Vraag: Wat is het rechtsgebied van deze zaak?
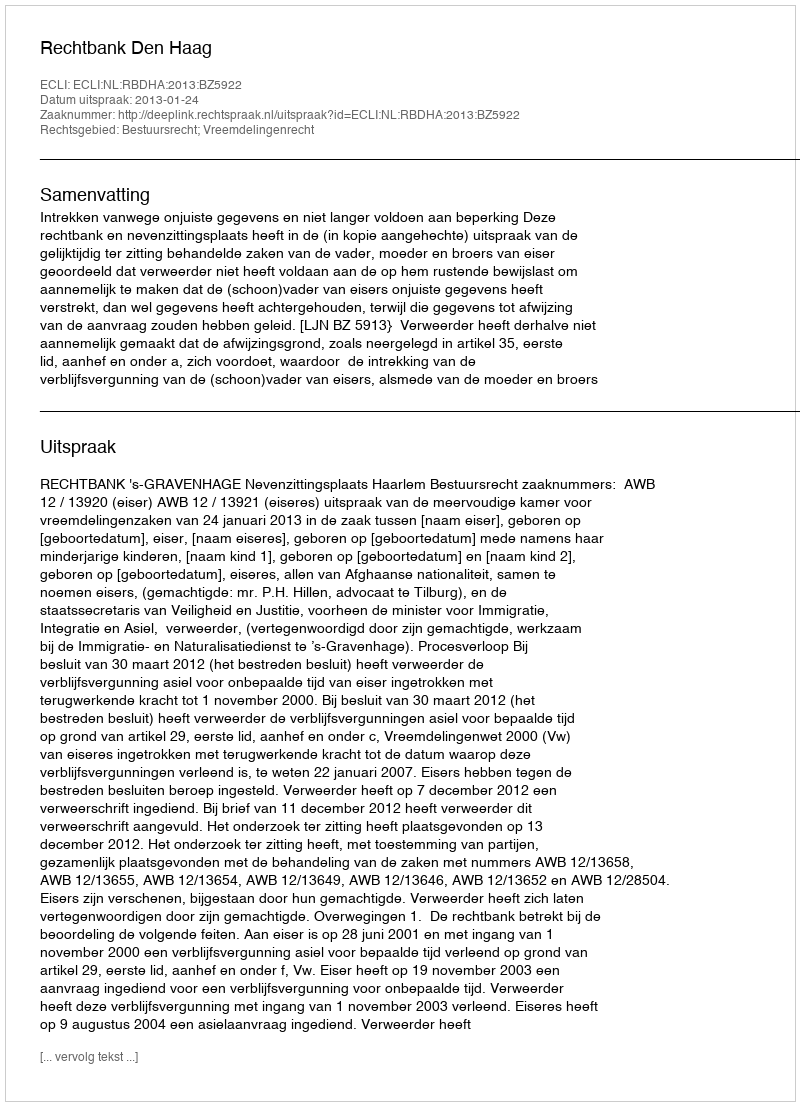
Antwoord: Bestuursrecht; Vreemdelingenrecht